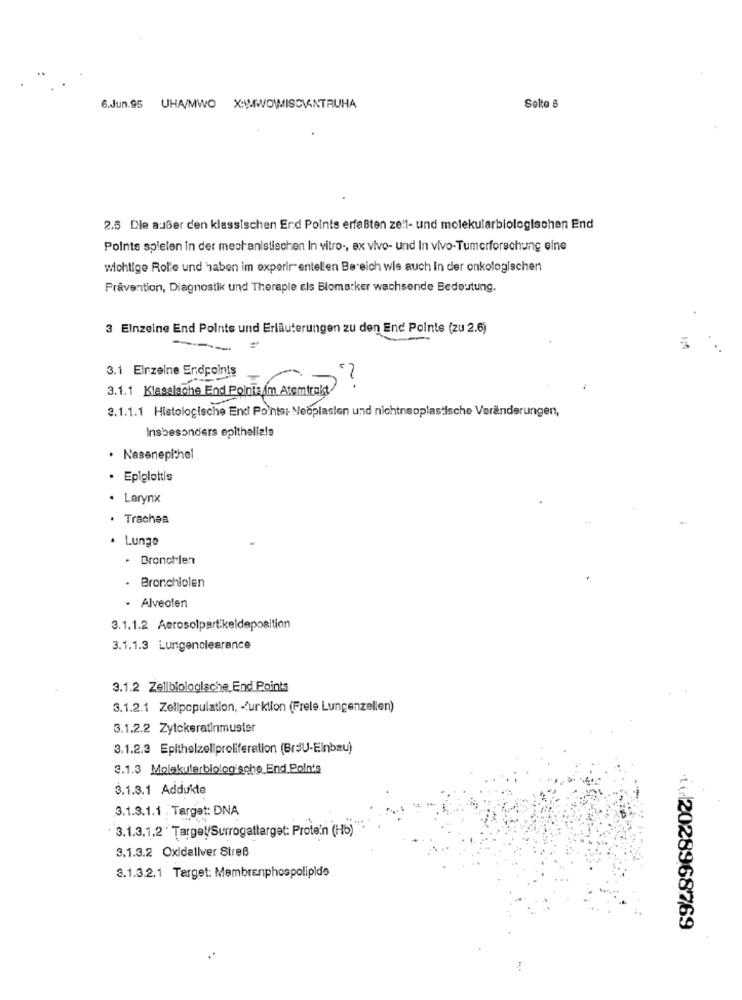
6.Jun.95 UHA/MWO X:WIWOWISCIANTRUHA
Solto 8
2.5 Dle außer den klassischen End Points erfaßten ze!l- und molekularbiologischen End
Points spielen In der mechanistischen In vitro -, ex vivo- und In vivo-Tumerforschung eine
wichtige Rolle und haben im experimentellen Bereich wis auch In der onkologischen
Prävention, Diagnostik und Theraple als Blomarker wachsende Bedeutung.
3 Einzelne End Points und Erläuterungen zu den End Points (zu 2.6)
---
~
3.1 Einzelne Endpoints
3.1.1 Klasalache End Points Am Atemtrakt
2.1.1.1 Histologische End Points: Neoplasien und nichtneoplastische Veränderungen,
Insbesonders epithelials
· Nasenepithel
· Epiglottis
· Larynx
Trachea
· Lungo
. Bronchien
. Bronchiolen
· Alveolen
3.1.1.2 Aerosolpartikeldeposition
3.1.1.3 Lungenclearance
3.1.2 Zellbiologische_ End Points
3.1.2.1 Zellpopulation, - furktion (Frele Lungenzellen)
3.1.2.2 Zytckeratinmuster
3.1.2.3 Epithelzeliproliferation (BrdU-Einbau)
3.1.3 Molakularbiologische_End Points
3.1.3.1 Addukte
3.1.3.1.1 , Target: DNA
3.1.3.1.2 ' Target/Surrogattarget: Protein (Hb)
3.1.3.2 Oxidallver Streß
3.1.3.2.1 Target: Membrenphospolipids
1.2028968769